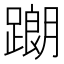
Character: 𨅉